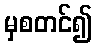
မှစတင်၍